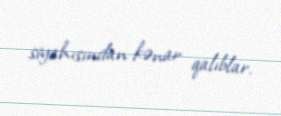
siyahısından kənar qalıblar.